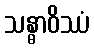
သန္ဓာဝိဿံ